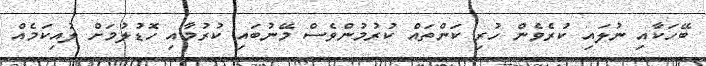
ބޭހަކާއި ނުލައި ކުރެވެން ހުރި ކަންތައް ކުރުމުންވެސް މޭނުބައި ކުރުމާއި ހޮޑުލުމަށް ލުއިކަމެއް